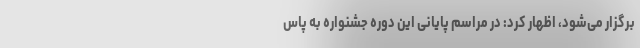
برگزار می‌شود، اظهار کرد: در مراسم پایانی این دوره جشنواره به پاس